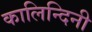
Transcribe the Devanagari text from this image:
कालिन्दिनी